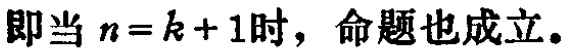
即当 \(n = k + 1\)时，命题也成立。